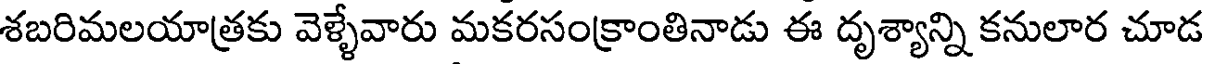
శబరిమలయాత్రకు వెళ్ళేవారు మకరసంక్రాంతినాడు ఈ దృశ్యాన్ని కనులార చూడ